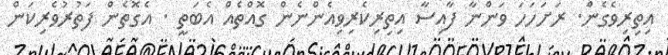
އިތިރިވެގެން. ރަށަހަހަ ވަންނާ ފާއިސާ އިތިރިކެރިވިއެންނެން ގޮއްތެއް އެބަތީ . އެގޮތެން ފަތުރުވެރިކަން